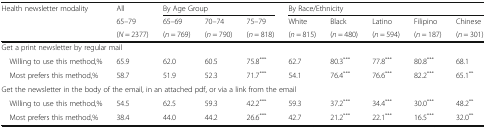
<table><thead><tr><td rowspan="3"><b>Health newsletter modality</b></td><td><b>All</b></td><td colspan="3"><b>By Age Group</b></td><td colspan="5"><b>By Race/Ethnicity</b></td></tr><tr><td><b>65–79</b></td><td><b>65–69</b></td><td><b>70–74</b></td><td><b>75–79</b></td><td><b>White</b></td><td><b>Black</b></td><td><b>Latino</b></td><td><b>Filipino</b></td><td><b>Chinese</b></td></tr><tr><td><b>(<i>N</i> = 2377)</b></td><td><b>(<i>n</i> = 769)</b></td><td><b>(<i>n</i> = 790)</b></td><td><b>(<i>n</i> = 818)</b></td><td><b>(<i>n</i> = 815)</b></td><td><b>(<i>n</i> = 480)</b></td><td><b>(<i>n</i> = 594)</b></td><td><b>(<i>n</i> = 187)</b></td><td><b>(<i>n</i> = 301)</b></td></tr></thead><tbody><tr><td colspan="10">Get a print newsletter by regular mail</td></tr><tr><td> Willing to use this method,%</td><td>65.9</td><td>62.0</td><td>60.5</td><td>75.8<sup>***</sup></td><td>62.7</td><td>80.3<sup>***</sup></td><td>77.8<sup>***</sup></td><td>80.8<sup>***</sup></td><td>68.1</td></tr><tr><td> Most prefers this method,%</td><td>58.7</td><td>51.9</td><td>52.3</td><td>71.7<sup>***</sup></td><td>54.1</td><td>76.4<sup>***</sup></td><td>76.6<sup>***</sup></td><td>82.2<sup>***</sup></td><td>65.1<sup>**</sup></td></tr><tr><td colspan="10">Get the newsletter in the body of the email, in an attached pdf, or via a link from the email</td></tr><tr><td> Willing to use this method,%</td><td>54.5</td><td>62.5</td><td>59.3</td><td>42.2<sup>***</sup></td><td>59.3</td><td>37.2<sup>***</sup></td><td>34.4<sup>***</sup></td><td>30.0<sup>***</sup></td><td>48.2<sup>**</sup></td></tr><tr><td> Most prefers this method,%</td><td>38.4</td><td>44.0</td><td>44.2</td><td>26.6<sup>***</sup></td><td>42.7</td><td>21.2<sup>***</sup></td><td>22.1<sup>***</sup></td><td>16.5<sup>***</sup></td><td>32.0<sup>**</sup></td></tr></tbody></table>